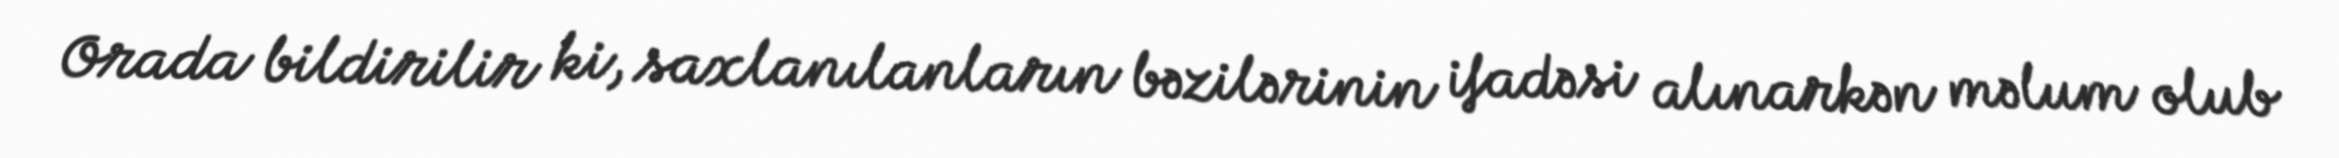
Orada bildirilir ki, saxlanılanların bəzilərinin ifadəsi alınarkən məlum olub